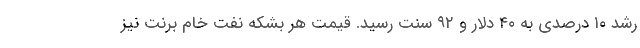
رشد ۱۰ درصدی به ۴۰ دلار و ۹۲ سنت رسید. قیمت هر بشکه نفت خام برنت نیز